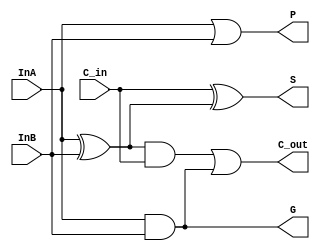
module FAGP_1bit(C_out,S,G,P,InA,InB,C_in);
  output C_out,S,G,P;
  input C_in,InA,InB;
  wire N1,N2,N3,N4,N5,N6,N7,N8;
  xor #5 X1(N1,InA,InB);
  xor #5 X2(S,C_in,N1);
  nand #5 A1(N2,N1,C_in);
  not #5 B1(N4,N2);
  nand #5 A2(N3,InA,InB);
  not #5 B2(N5,N3);
  nor #5 O1(N6,N4,N5);
  not #5 B3(C_out,N6);
  nor #5 O2(N7,InA,InB);
  not #5 B4(P,N7);
  nand #5 A3(N8,InA,InB);
  not #5 B5(G,N8);
endmodule
  //Test bench module//
module t_FAGP_1bit; //module instantiation//
   reg C_in,InA,InB;
   wire C_out,S,G,P;
   FAGP_1bit FAGP_1(C_out,S,G,P,InA,InB,C_in);
   initial
   begin
     #5 InA=0;InB=0;C_in=0;
     #5 InA=1;InB=0;C_in=0;
     #5 InA=0;InB=1;C_in=0;
     #5 InA=1;InB=1;C_in=0;
     #5 InA=0;InB=0;C_in=1;
     #5 InA=1;InB=0;C_in=1;
     #5 InA=0;InB=1;C_in=1;
     #5 InA=1;InB=1;C_in=1;
     #5 $stop;
   end
 endmodule